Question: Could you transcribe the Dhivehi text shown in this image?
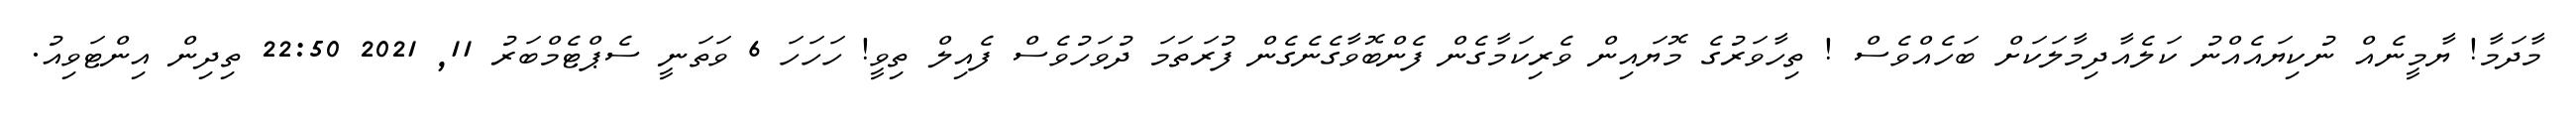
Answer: މާދަމާ! ޔާމީނެއް ނުކިޔައެއްނު ކަލެއާދިމާލަކަށް ބަހެއްވެސް ! ތިހާވަރުގެ މޮޔައިން ވެރިކަމާގެން ފެންބޮވާގެނެގެން ފުރަތަމަ ދުވަހުވެސް ފެއިލް ތިވީ! ހަހަހަ 6 ވަތަނީ ސެޕްޓެމްބަރު 11, 2021 22:50 ތިދިން އިންޓަވިއު.